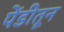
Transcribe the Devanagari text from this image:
पेंडीतून